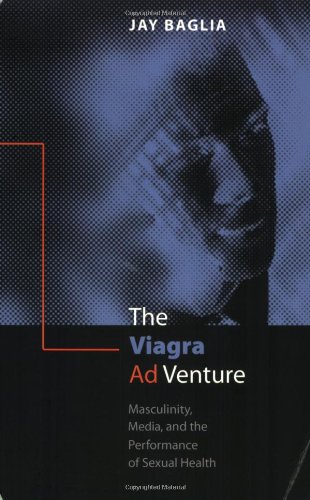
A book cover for The Viagra Ad Venture: Masculinity, Media, and the Performance of Sexual Health; Jay Baglia; Health, Fitness & Dieting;